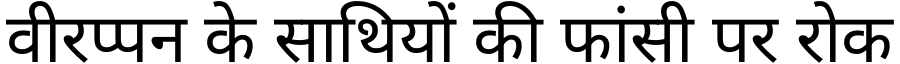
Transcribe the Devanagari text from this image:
वीरप्पन के साथियों की फांसी पर रोक